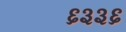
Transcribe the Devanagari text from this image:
६३३६